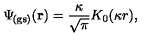
\Psi _ { \! \mathrm { ( g s ) } } ( { \bf r } ) = \frac { \kappa } { \sqrt { \pi } } K _ { 0 } ( \kappa r ) ,